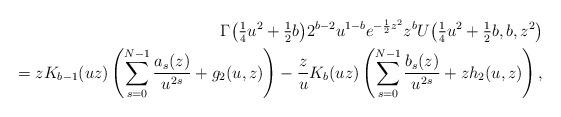
LaTeX: \begin{align*} \Gamma\big(\tfrac14u^2+\tfrac12 b\big)2^{b-2}u^{1-b}e^{-\frac12z^2}z^b U\big(\tfrac14u^2+\tfrac12 b,b,z^2\big) \\\qquad{} = zK_{b-1}(uz)\left(\sum_{s=0}^{N-1} \frac{a_s(z)}{u^{2s}}+g_2(u,z)\right)-\frac{z}{u}K_b(uz)\left(\sum_{s=0}^{N-1} \frac{b_s(z)}{u^{2s}}+zh_2(u,z)\right),\end{align*}